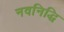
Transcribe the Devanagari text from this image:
नवनिद्धि